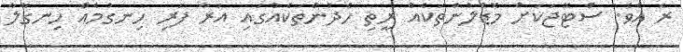
ރެ އެވެ. ސްޓޭޖަކަށް މޮޑެލުންތަކެއް ރީތި ހެދުންތަކެއްގައި އަރާ ފަރި ހިނގުމެއް ހިނގާލާ